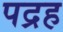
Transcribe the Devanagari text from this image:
पद्रह